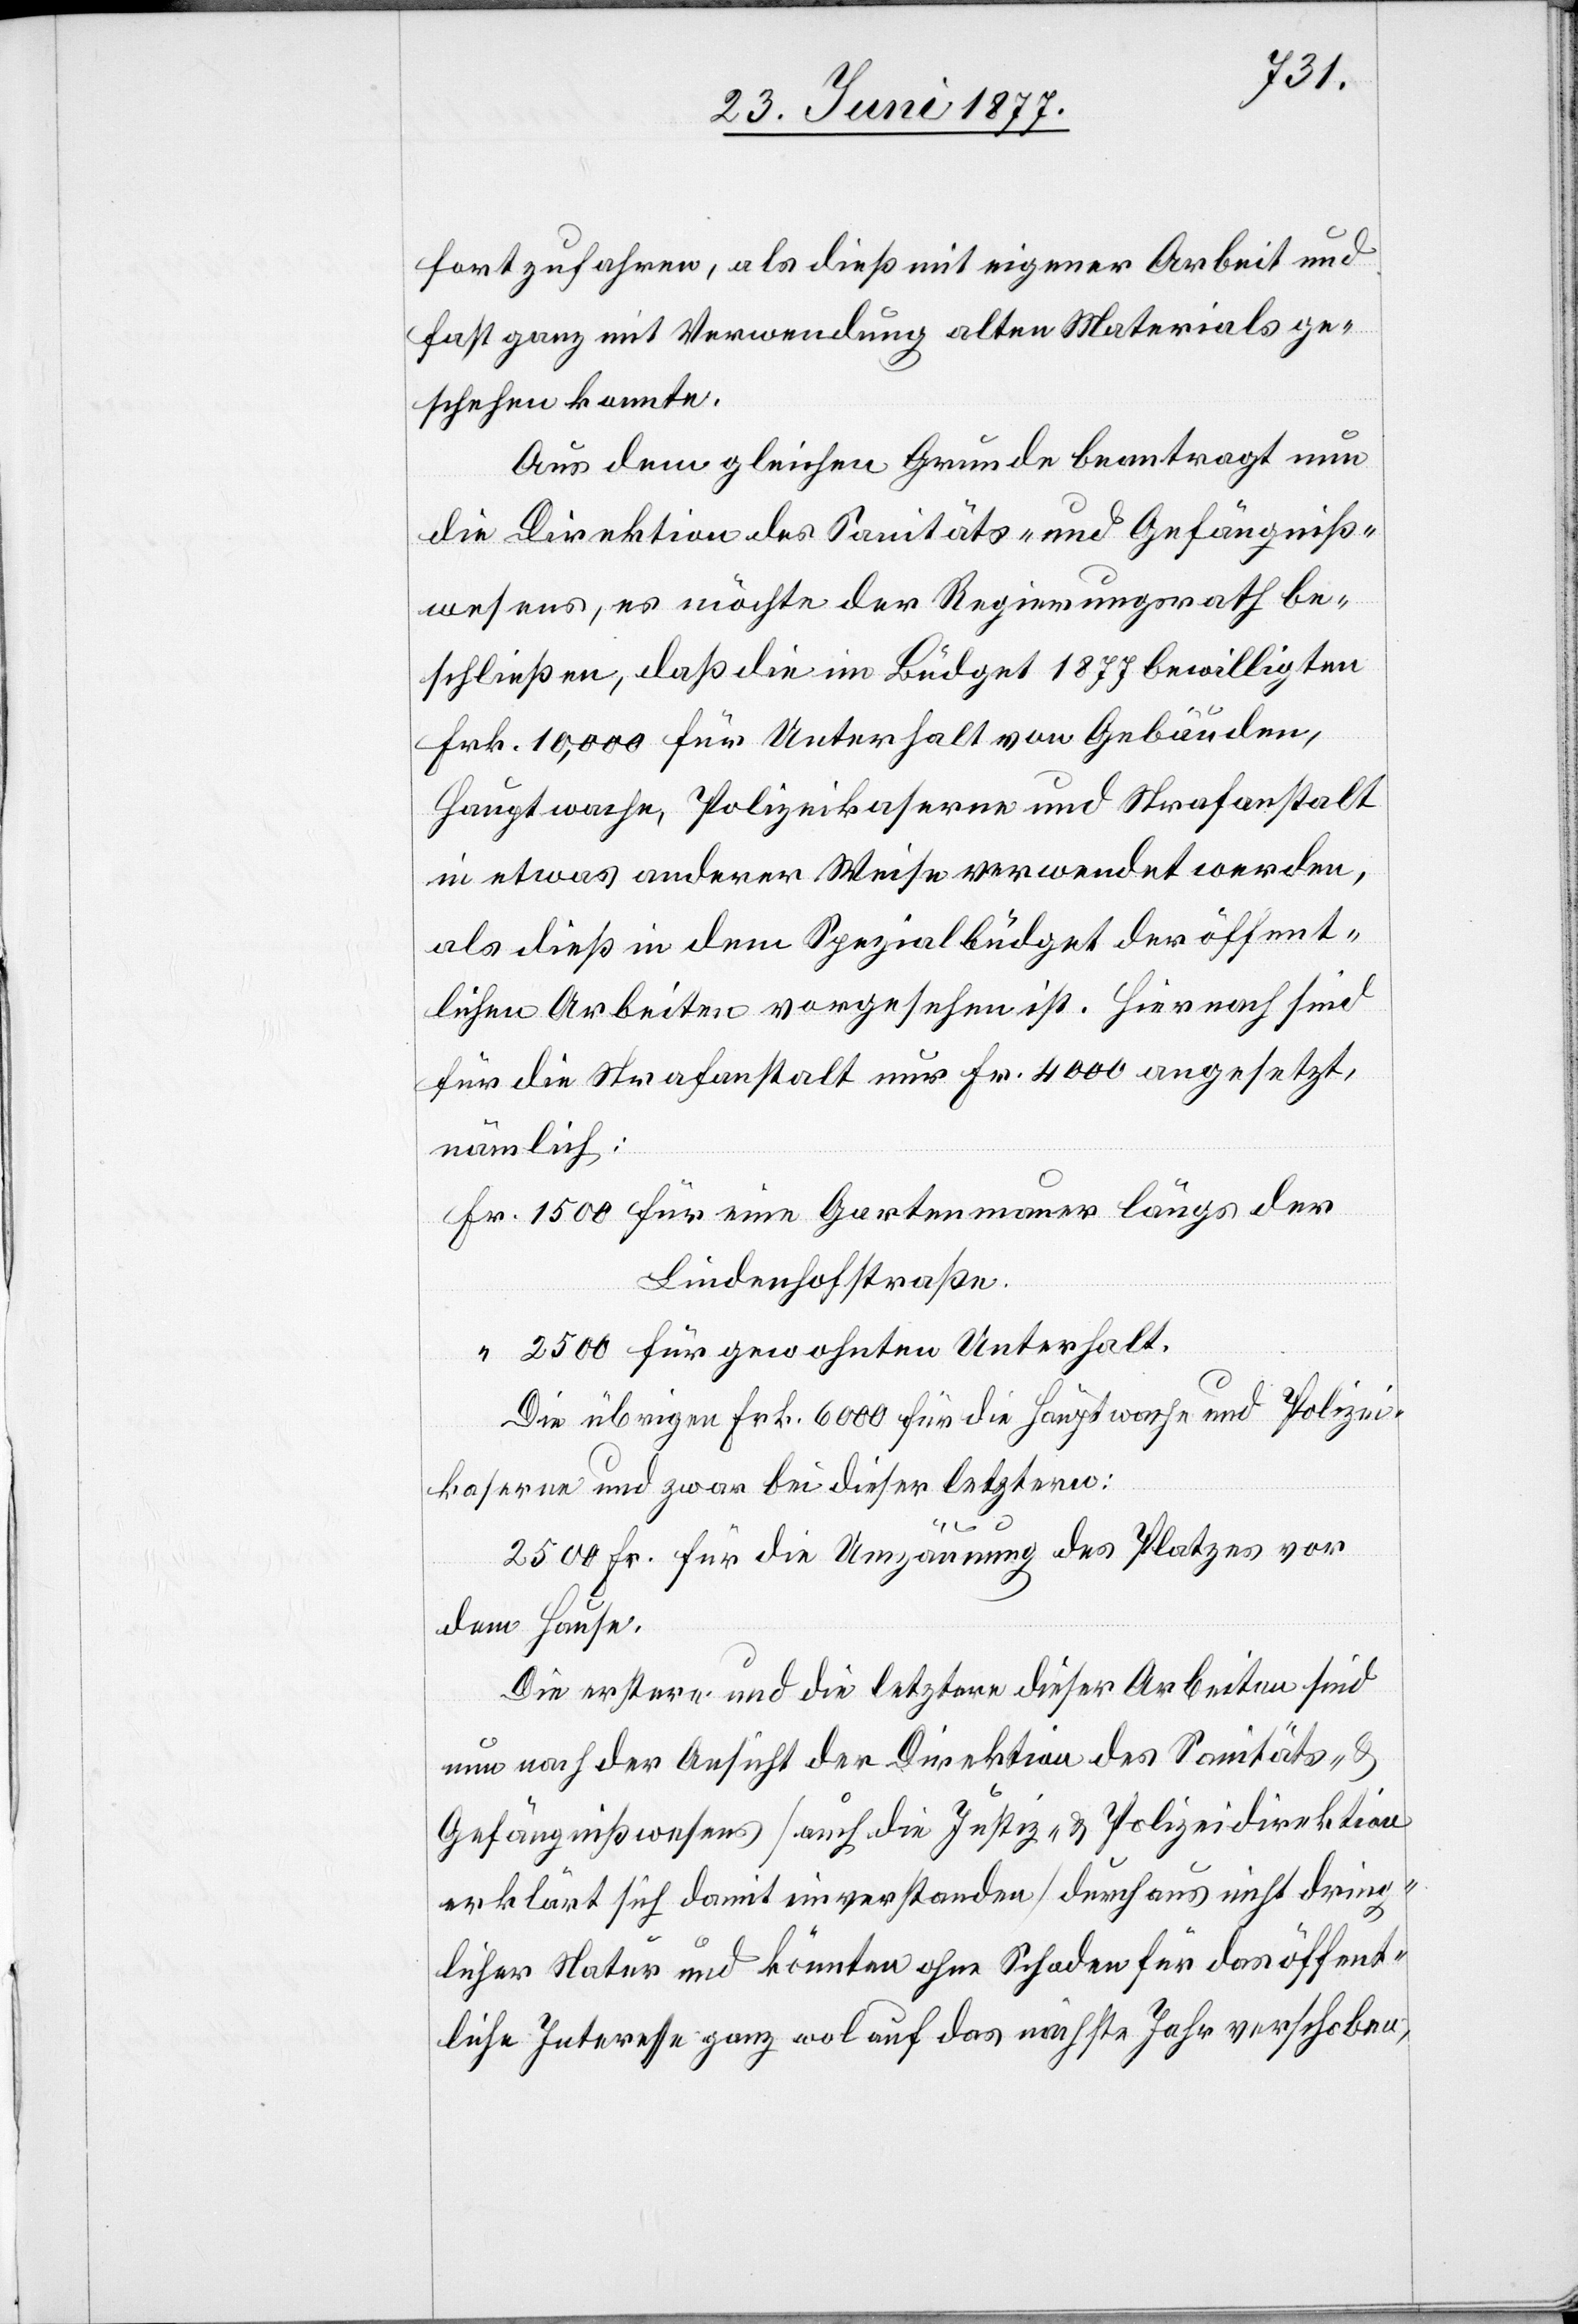
fortzufahren, als dieß mit eigener Arbeit und
fast ganz mit Verwendung alten Materials ge¬
schehen konnte.
Aus dem gleichen Grunde beantragt nun
die Direktion des Sanitäts- und Gefängniß¬
wesens, es möchte der Regierungsrath be¬
schließen, daß die im Büdget 1877 bewilligten
Frk. 10,000 für Unterhalt von Gebäuden,
Hauptwache, Polizeikaserne und Strafanstalt
in etwas anderer Weise verwendet werden,
als dieß in dem Spezialbüdget der öffent¬
lichen Arbeiten vorgesehen ist. Hiernach sind
für die Strafanstalt nur Fr. 4000 angesetzt,
nämlich:
Fr. 1500 für eine Gartenmauer längs der
Lindenhofstraße.
“ 2500 für gewohnten Unterhalt.
Die übrigen Frk. 6000 für die Hauptwache und Polizei¬
kaserne und zwar bei dieser letztern:
2500 Frk. für die Umzäunung des Platzes vor
dem Hause.
Die erstere und die letztere dieser Arbeiten sind
nun nach der Ansicht der Direktion des Sanitäts- &
Gefängnißwesens [auch die Justiz- & Polizeidirektion
erklärt sich damit einverstanden] durchaus nicht dring¬
licher Natur und könnte ohne Schaden für das öffent¬
liche Interesse ganz wol auf das nächste Jahr verschoben,